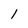
Character: 1